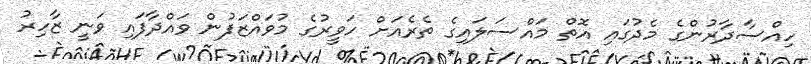
ހިއްސާދާރުންގެ މެދުގައި އޮތް މައްސަލައިގެ ތެރެއަށް ހަވީރުގެ މުވައްޒަފުން ވައްދާފައި ވަނީ ޒާހިރު